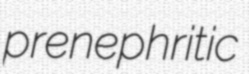
prenephritic